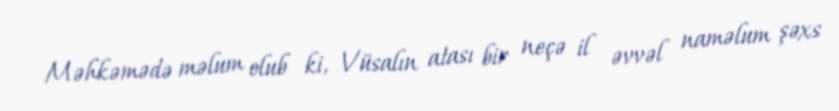
Məhkəmədə məlum olub ki, Vüsalın atası bir neçə il əvvəl naməlum şəxs